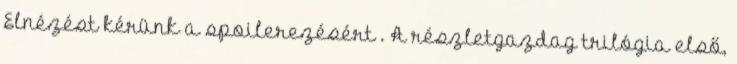
Elnézést kérünk a spoilerezésért . A részletgazdag trilógia első,